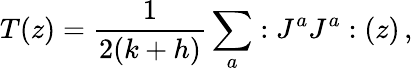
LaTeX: T(z)=\frac{1}{2(k+h)}\sum_{a}:J^{a}J^{a}:(z)\, ,